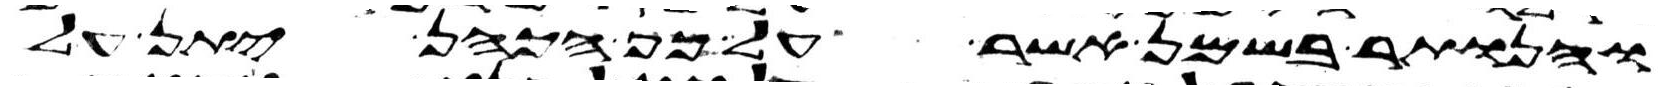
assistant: והנותר בשמן אשר על כף הכהן יתן על